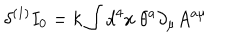
\delta ^ { ( 1 ) } I _ { 0 } = k \int d ^ { 4 } x { \ } \theta ^ { a } \partial _ { \mu } A ^ { a \mu }